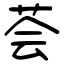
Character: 荟